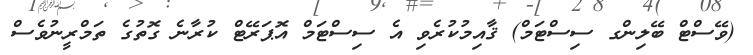
(ވޭސްޓް ބޭލިންގ ސިސްޓަމް) ޤާއިމުކުރެވި އެ ސިސްޓަމް އޮޕަރޭޓް ކުރާނެ ގޮތުގެ ތަމްރީނުވެސް